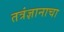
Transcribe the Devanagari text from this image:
तत्रंज्ञानाचा